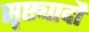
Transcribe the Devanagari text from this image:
सृष्ट्यादौ